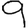
Digit: 9